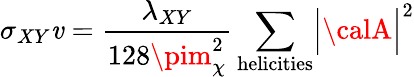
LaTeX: \sigma_{XY}\mathit{v}={\frac{{\lambda_{XY}}}{{128\pim_{\chi}^{2}}}}\sum_{\mathrm{{helicities}}}\Bigl|{\calA}\Bigr|^{2}